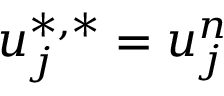
u _ { j } ^ { \ast , \ast } = u _ { j } ^ { n }